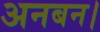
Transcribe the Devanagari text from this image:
अनबन।